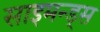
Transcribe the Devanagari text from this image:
साइमन्ड्स